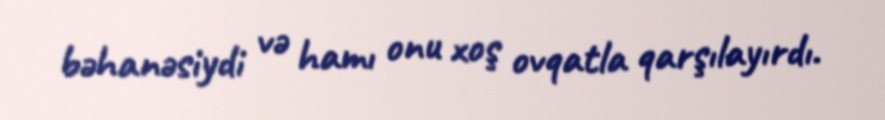
bəhanəsiydi və hamı onu xoş ovqatla qarşılayırdı.